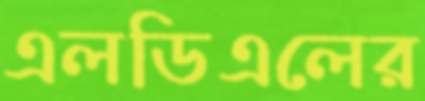
এলডিএলের